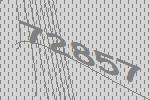
72857